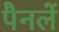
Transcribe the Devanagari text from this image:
पैनलें